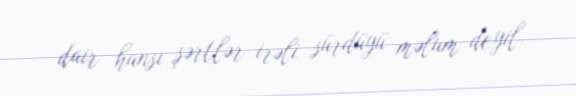
dair hansı şərtlər irəli sürdüyü məlum deyil.